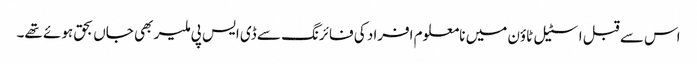
اس سے قبل اسٹیل ٹاؤن میں نامعلوم افراد کی فائرنگ سے ڈی ایس پی ملیر بھی جاں بحق ہوئے تھے۔